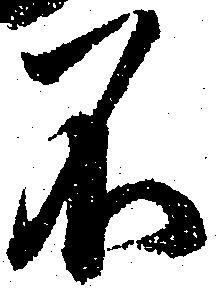
不